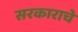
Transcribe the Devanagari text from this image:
सरकाराचे